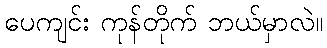
ပေကျင်း ကုန်တိုက် ဘယ်မှာလဲ။